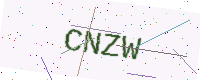
Text: CNZW